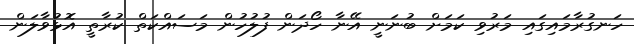
ހަނގުރާމައިގައި މަރުވި ކަމަށް ބުނަނީ އޭނާ ހޯދަން ފުލުހުން މަސައްކަތް ކުރާތީ އޮޅުވާލަން